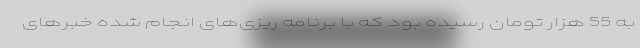
به 55 هزار تومان رسیده بود که با برنامه ریزی‌های انجام شده خبر‌های